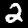
Digit: 2